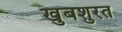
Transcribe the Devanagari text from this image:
खुबशुरत